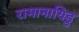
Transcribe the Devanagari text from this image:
रामानायिडु